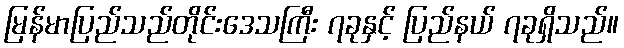
မြန်မာပြည်သည်တိုင်းဒေသကြီး ၇ခုနှင့် ပြည်နယ် ၇ခုရှိသည်။